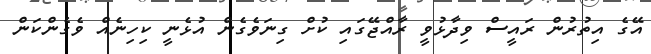
އޭގެ އިތުރުން ރައީސް ވިދާޅުވީ ރާއްޖޭގައި ކުށް ގިނަވެގެން އުޅެނީ ކިހިނެއް ވެގެންކަން